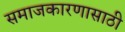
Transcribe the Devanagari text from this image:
समाजकारणासाठी